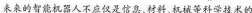
未来的智能机器人不应仅是信息、材料、机械等科学技术的